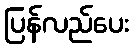
ပြန်လည်ပေး